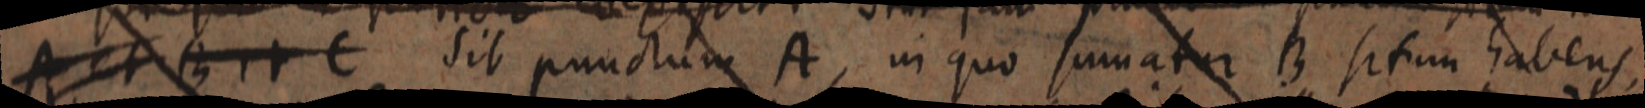
A et B et C sit punctum A, in quo sumatur B situm habens,